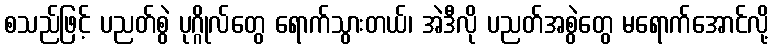
စသည်ဖြင့် ပညတ်စွဲ ပုဂ္ဂိုလ်တွေ ရောက်သွားတယ်၊ အဲဒီလို ပညတ်အစွဲတွေ မရောက်အောင်လို့